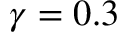
\gamma = 0 . 3